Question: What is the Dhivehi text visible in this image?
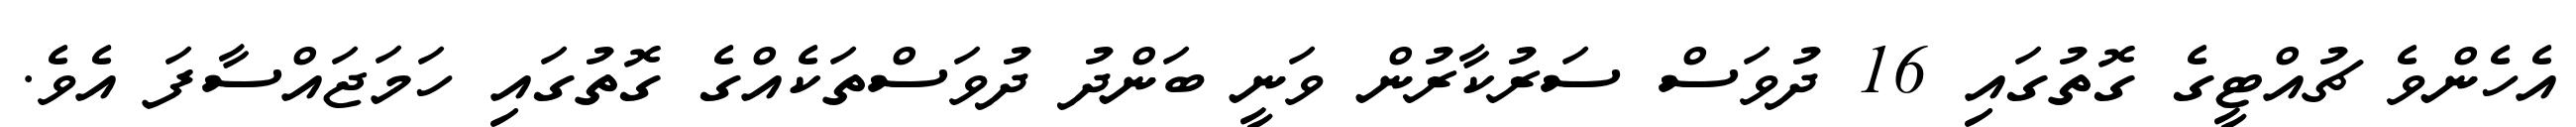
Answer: އެހެންވެ ޗުއްޓީގެ ގޮތުގައި 16 ދުވަސް ސަރުކާރުން ވަނީ ބަންދު ދުވަސްތަކެއްގެ ގޮތުގައި ހަމަޖައްސާފަ އެވެ.